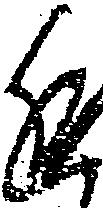
進